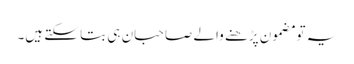
یہ تو مضمون پڑھنے والے صاحبان ہی بتا سکتے ہیں۔